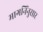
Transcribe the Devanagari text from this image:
मागनिंनुसार